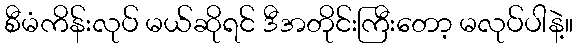
စီမံကိန်းလုပ် မယ်ဆိုရင် ဒီအတိုင်းကြီးတော့ မလုပ်ပါနဲ့။